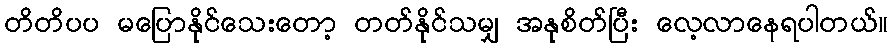
တိတိပပ မပြောနိုင်သေးတော့ တတ်နိုင်သမျှ အနုစိတ်ပြီး လေ့လာနေရပါတယ်။